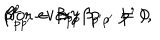
\beta _ { p p ^ { \prime } } ^ { 2 } - \beta _ { p p } \beta _ { p ^ { \prime } p ^ { \prime } } = 0 \hspace { 6 m m } \mathrm { ( f o r ~ e v e r y ~ p ~ , ~ p ^ { \prime } ~ ) } ,